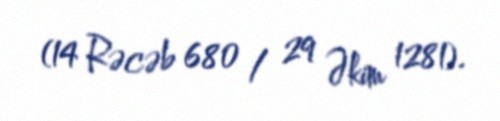
(14 Rəcəb 680 / 29 Əkim 1281).